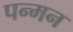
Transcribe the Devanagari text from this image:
पन्मन